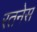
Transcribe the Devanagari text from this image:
रतनेस